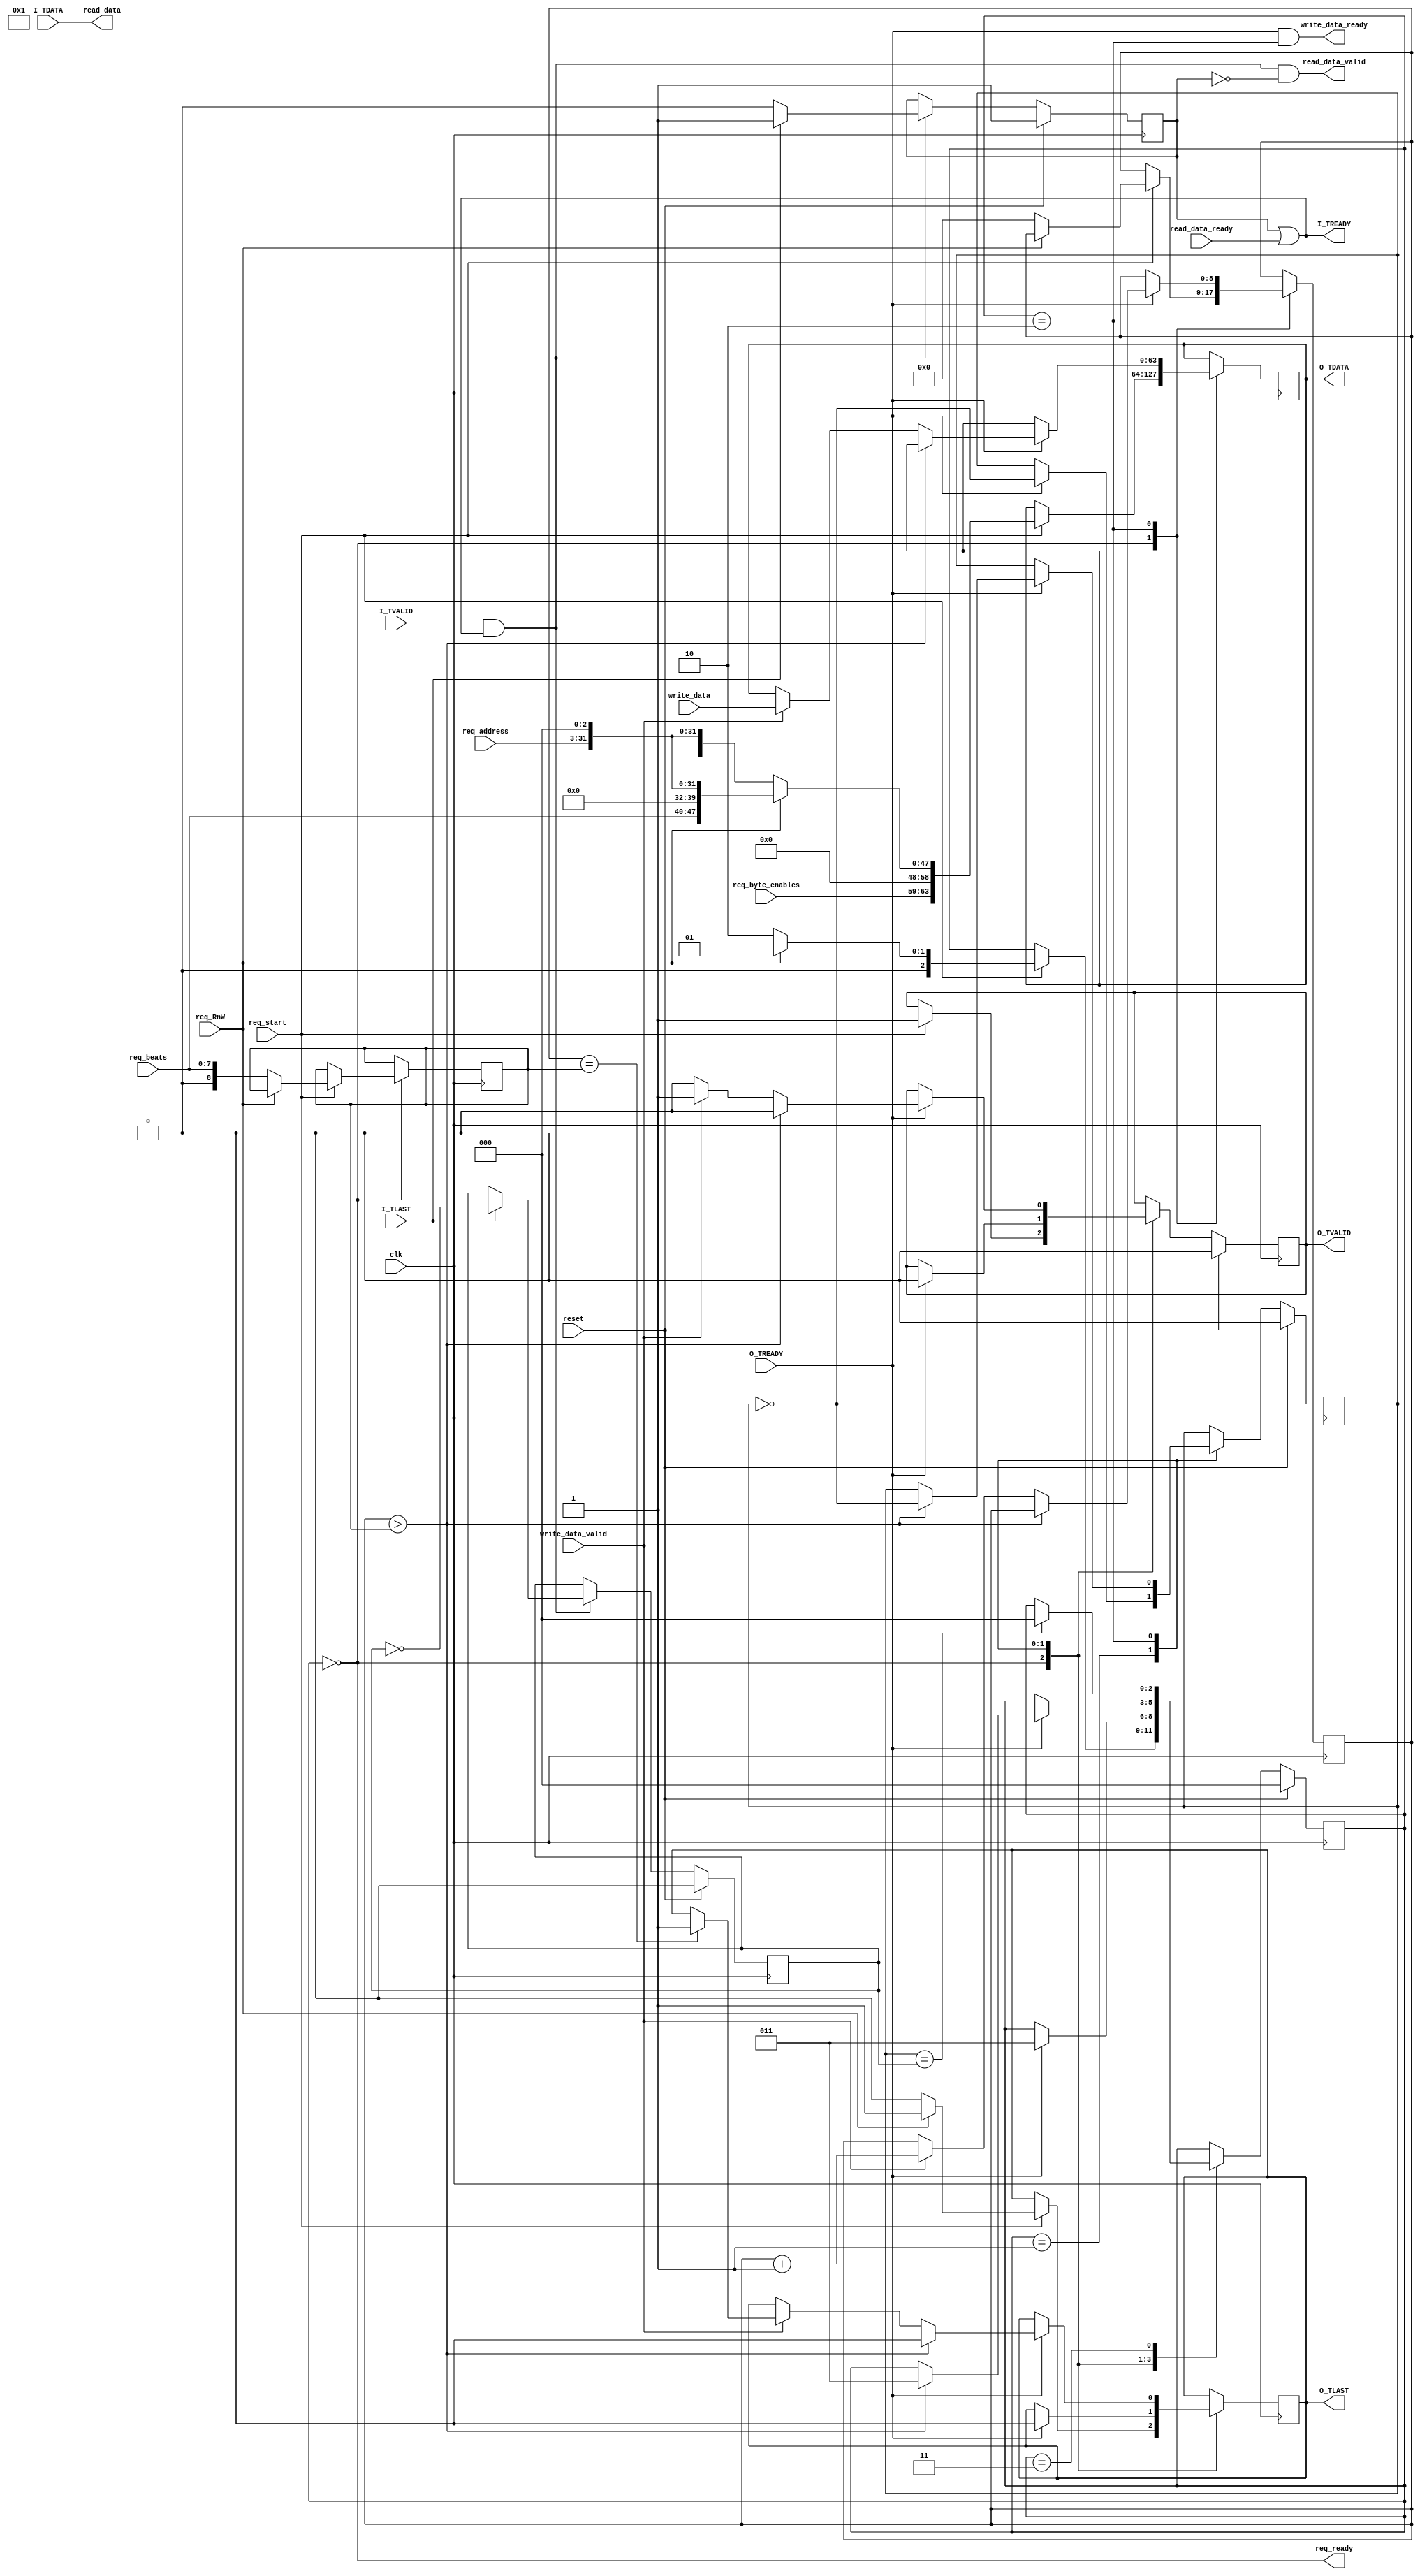
/*
 * mic_m_if
 *
 * Wrap up the MIC request logic, to factor this out of most requesters and avoid
 * reimplementation.  Most components with a MIC request interface instantiate
 * this module.
 *
 * Usage:
 * - If req_ready==1, then bring req_start=1 to start a transaction of
 *   type req_RnW, for req_beats from/to req_address
 * - For a read, data appears on read_data qualified by read_data_valid.  If you
 *   cannot consume that data, mark read_data_ready=0; otherwise new data will
 *   appear in a subsequent cycle if there are more beats left.
 * - For a write, provide data on write_data qualified by write_data_valid.  This
 *   is consumed by this component unless write_data_ready=0 (if so, wait).
 *
 * The m_memtest component was kind of a prototype for this, and this inherits
 * that design.
 *
 * Copyright 2017, 2019-2022 Matt Evans
 * SPDX-License-Identifier: Apache-2.0 WITH SHL-2.1
 *
 * Licensed under the Solderpad Hardware License v 2.1 (the License); you may
 * not use this file except in compliance with the License, or, at your option,
 * the Apache License version 2.0. You may obtain a copy of the License at
 *
 *  https://solderpad.org/licenses/SHL-2.1/
 *
 * Unless required by applicable law or agreed to in writing, any work
 * distributed under the License is distributed on an AS IS BASIS, WITHOUT
 * WARRANTIES OR CONDITIONS OF ANY KIND, either express or implied. See the
 * License for the specific language governing permissions and limitations
 * under the License.
 */

module mic_m_if(input wire         clk,
                input wire 	   reset,

                /* MIC request port out */
                output reg 	   O_TVALID,
                input wire 	   O_TREADY,
                output reg [63:0]  O_TDATA,
                output reg 	   O_TLAST,

                /* MIC response port in */
                input wire 	   I_TVALID,
                output wire 	   I_TREADY,
                input wire [63:0]  I_TDATA,
                input wire 	   I_TLAST,

                /* Control port */
                output wire 	   req_ready,	/* Can accept a new request */
                input wire 	   req_start,	/* Initiate request */
                input wire 	   req_RnW,
                input wire [7:0]   req_beats,
                input wire [31:3]  req_address,
		input wire [4:0]   req_byte_enables,

                /* Data out, for reads */
                output wire [63:0] read_data,
                output wire 	   read_data_valid,
                input wire 	   read_data_ready,

                /* Data in, for writes */
                input wire [63:0]  write_data,
                input wire 	   write_data_valid,
                output wire 	   write_data_ready
                );

   parameter NAME = "MIC_M_IF";

`define STATE_IDLE       0
`define STATE_RD         1
`define STATE_WR         2
`define STATE_WAIT_RESP  3

   reg [2:0]         state;

   /* Handshakes between request and response channels */
   reg               response_handshake_a;
   reg               response_handshake_b;

   wire [63:0]       rd_header;
   wire [63:0]       wr_header;
   assign rd_header[63:0] = { req_byte_enables, 3'h0, 8'h00 /* src */,
                              req_beats[7:0], 6'h00, 2'b00 /* Read */,
                              req_address, 3'h0};
   assign wr_header[63:0] = { req_byte_enables, 3'h0, 8'h00 /* src */,
                              8'h00 /* RD len */, 6'h00, 2'b01 /* Write */,
                              req_address, 3'h0};

   reg [8:0]         write_limit;
   reg [8:0]         write_counter;
   reg [7:0]         read_len;

   assign req_ready = (state == `STATE_IDLE);
   assign write_data_ready = O_TREADY && (state == `STATE_WR);

   /* Request/output channel */
   always @(posedge clk) begin
      case (state)
        `STATE_IDLE:
          begin
             if (req_start) begin
                if (req_RnW) begin
                   /* READ */
                   O_TDATA <= rd_header;
                   O_TVALID <= 1;
                   O_TLAST <= 1; /* A read is only one beat */
                   read_len <= req_beats;
                   state <= `STATE_RD;

`ifdef DEBUG            $display("%s:  Read of %d beats from %x\n", NAME, req_beats+1, {req_address, 3'h0});  `endif
                end else begin
                   /* WRITE */
                   O_TDATA <= wr_header;
                   O_TVALID <= 1;
                   O_TLAST <= 0; /* A write is always >1 beat */
                   write_limit <= {1'b0,req_beats};
                   write_counter <= 0;
                   state <= `STATE_WR;

`ifdef DEBUG            $display("%s:  Write of %d beats to %x\n", NAME, req_beats+1, {req_address, 3'h0});  `endif
                end // else: !if(do_write)
             end
          end

        `STATE_RD:
          begin
             if (O_TREADY) begin
                /* OK, other side got our request, we're done. */
                O_TVALID <= 0;
                state <= `STATE_WAIT_RESP;
                response_handshake_a <= ~response_handshake_a;
                O_TLAST <= 0;
             end
          end

        `STATE_WR:
          begin
             if (O_TREADY) begin
                /* One beat consumed, either prepare another or we're done. */
                if (write_counter > write_limit) begin
                   O_TVALID <= 0;
                   state <= `STATE_WAIT_RESP;
                   response_handshake_a <= ~response_handshake_a;
                   O_TLAST <= 0;
`ifdef DEBUG            $display("%s:  Write burst complete, %d beats total\n", NAME, write_counter);  `endif
                end else begin
                   if (write_data_valid) begin
                      O_TVALID <= 1;
                      if (write_counter == write_limit) begin
                         O_TLAST <= 1;
                      end
                      O_TDATA <= write_data;
                      write_counter <= write_counter + 1;
`ifdef DEBUG               $display("%s:  Write beat %d: data %x", NAME, write_counter, write_data);  `endif
                   end else begin
                      O_TVALID <= 0;
                   end
                end
             end
          end // case: `STATE_WR_DATA

        `STATE_WAIT_RESP:
          begin
             /* Do nothing until the response for our request comes in. */
             if (response_handshake_a == response_handshake_b)
               state <= `STATE_IDLE;
          end
      endcase // case (state)

      if (reset) begin
         state                <= `STATE_IDLE;
         O_TVALID             <= 0;
         response_handshake_a <= 0;
      end
   end


   /* Response/input channel */
   wire [1:0]        pkt_type;
   wire [31:3]       in_address;
   reg [1:0]         pkt_type_r;
   reg [31:3]        in_address_r;
   reg               is_header;
   reg [9:0]         count;

   assign pkt_type = I_TDATA[33:32];
   assign in_address = I_TDATA[31:3];

   assign I_TREADY = is_header || read_data_ready;
   assign read_data = I_TDATA;
   assign read_data_valid = I_TVALID && I_TREADY && !is_header;

   always @(posedge clk)
     begin
        if (I_TVALID && I_TREADY) begin
           if (is_header) begin
              /* Actually only type, src_id and possibly len are valid. */
`ifdef DEBUG     $display("%s:   Got pkt type %d, addr %x", NAME, pkt_type, {in_address, 3'h0});  `endif
              pkt_type_r <= pkt_type;
              in_address_r <= in_address;

              if (!I_TLAST) begin
                 // There's more than just the header.
                 if (pkt_type != 2'b10) begin // RDATA
`ifdef SIM
                    $error("%s:  *** Multi-beat packet that isn't an RDATA", NAME);
                    $fatal(1);
`endif
                 end
                 is_header <= 0;
                 count <= 0;
              end else begin
                 if (pkt_type == 2'b11) begin // WRACK
`ifdef DEBUG           $display("%s:   Got WRACK for addr %x\n", NAME, {in_address, 3'h0});  `endif
                 end else begin
`ifdef SIM
                    $error("%s:  *** Got mystery 1-beat packet type %d\n", NAME, pkt_type);
                    $fatal(1);
`endif
                 end

                 /* Tell the other side it can continue. */
                 response_handshake_b <= ~response_handshake_b;
              end
           end else begin // if (is_header)
              // Count non-header beats
              count <= count + 1;
              /* I_TDATA is output on read_data to the outside world. */

              if (I_TLAST) begin
                 // OK, done; next beat is the next packet's header.
                 is_header <= 1;
                 /* Tell the other side it can continue. */
                 response_handshake_b <= ~response_handshake_b;

                 if (pkt_type_r == 2'b10) begin
`ifdef DEBUG
                    $display("%s:   ReadData total %d beats read from address %x\n",
                             NAME, count+1, {in_address_r, 3'h0});
`endif
                    if (read_len != count) begin
`ifdef SIM
                       $error("%s:  *** Read count %d instead of %d\n", NAME, count+1, read_len);
                       $fatal(1);
`endif
                    end
                 end else begin
`ifdef SIM
                    $error("%s:  *** Mystery multi-beat packet was %d beats long\n", NAME, count);
                    $fatal(1);
`endif
                 end
              end
           end // else: !if(is_header)
        end

        if (reset) begin
           is_header <= 1;
           response_handshake_b <= 0;
        end
     end


endmodule // mic_m_if